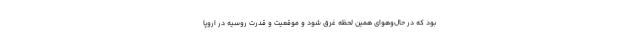
بود که در حال‌وهوای همین لحظه غرق شود و موقعیت و قدرت روسیه در اروپا